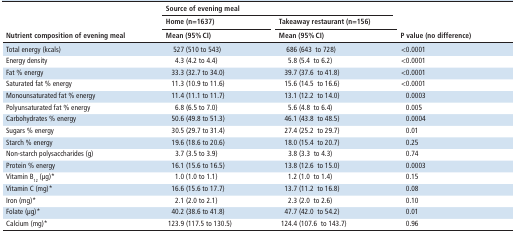
<table><thead><tr><td rowspan="3"><b>Nutrient composition of evening meal</b></td><td colspan="2"><b>Source of evening meal</b></td><td rowspan="3"><b>P value (no difference)</b></td></tr><tr><td><b>Home (n=1637)</b></td><td><b>Takeaway restaurant (n=156)</b></td></tr><tr><td><b>Mean (95% CI)</b></td><td><b>Mean (95% CI)</b></td></tr></thead><tbody><tr><td>Total energy (kcals)</td><td>527 (510 to 543)</td><td>686 (643to 728)</td><td>&lt;0.0001</td></tr><tr><td>Energy density</td><td>4.3 (4.2 to 4.4)</td><td>5.8 (5.4to 6.2)</td><td>&lt;0.0001</td></tr><tr><td>Fat % energy</td><td>33.3 (32.7 to 34.0)</td><td>39.7 (37.6to 41.8)</td><td>&lt;0.0001</td></tr><tr><td>Saturated fat % energy</td><td>11.3 (10.9 to 11.6)</td><td>15.6 (14.5to 16.6)</td><td>&lt;0.0001</td></tr><tr><td>Monounsaturated fat % energy</td><td>11.4 (11.1 to 11.7)</td><td>13.1 (12.2to 14.0)</td><td>0.0003</td></tr><tr><td>Polyunsaturated fat % energy</td><td>6.8 (6.5 to 7.0)</td><td>5.6 (4.8to 6.4)</td><td>0.005</td></tr><tr><td>Carbohydrates % energy</td><td>50.6 (49.8 to 51.3)</td><td>46.1 (43.8to 48.5)</td><td>0.0004</td></tr><tr><td>Sugars % energy</td><td>30.5 (29.7 to 31.4)</td><td>27.4 (25.2to 29.7)</td><td>0.01</td></tr><tr><td>Starch % energy</td><td>19.6 (18.6 to 20.6)</td><td>18.0 (15.4to 20.7)</td><td>0.25</td></tr><tr><td>Non-starch polysaccharides (g)</td><td>3.7 (3.5 to 3.9)</td><td>3.8 (3.3to 4.3)</td><td>0.74</td></tr><tr><td>Protein % energy</td><td>16.1 (15.6 to 16.5)</td><td>13.8 (12.6to 15.0)</td><td>0.0003</td></tr><tr><td>Vitamin B<sub>12</sub> (μg)*</td><td>1.0 (1.0 to 1.1)</td><td>1.2 (1.0to 1.4)</td><td>0.15</td></tr><tr><td>Vitamin C (mg)*</td><td>16.6 (15.6 to 17.7)</td><td>13.7 (11.2to 16.8)</td><td>0.08</td></tr><tr><td>Iron (mg)*</td><td>2.1 (2.0 to 2.1)</td><td>2.3 (2.0to 2.6)</td><td>0.10</td></tr><tr><td>Folate (μg)*</td><td>40.2 (38.6 to 41.8)</td><td>47.7 (42.0to 54.2)</td><td>0.01</td></tr><tr><td>Calcium (mg)*</td><td>123.9 (117.5 to 130.5)</td><td>124.4 (107.6to 143.7)</td><td>0.96</td></tr></tbody></table>